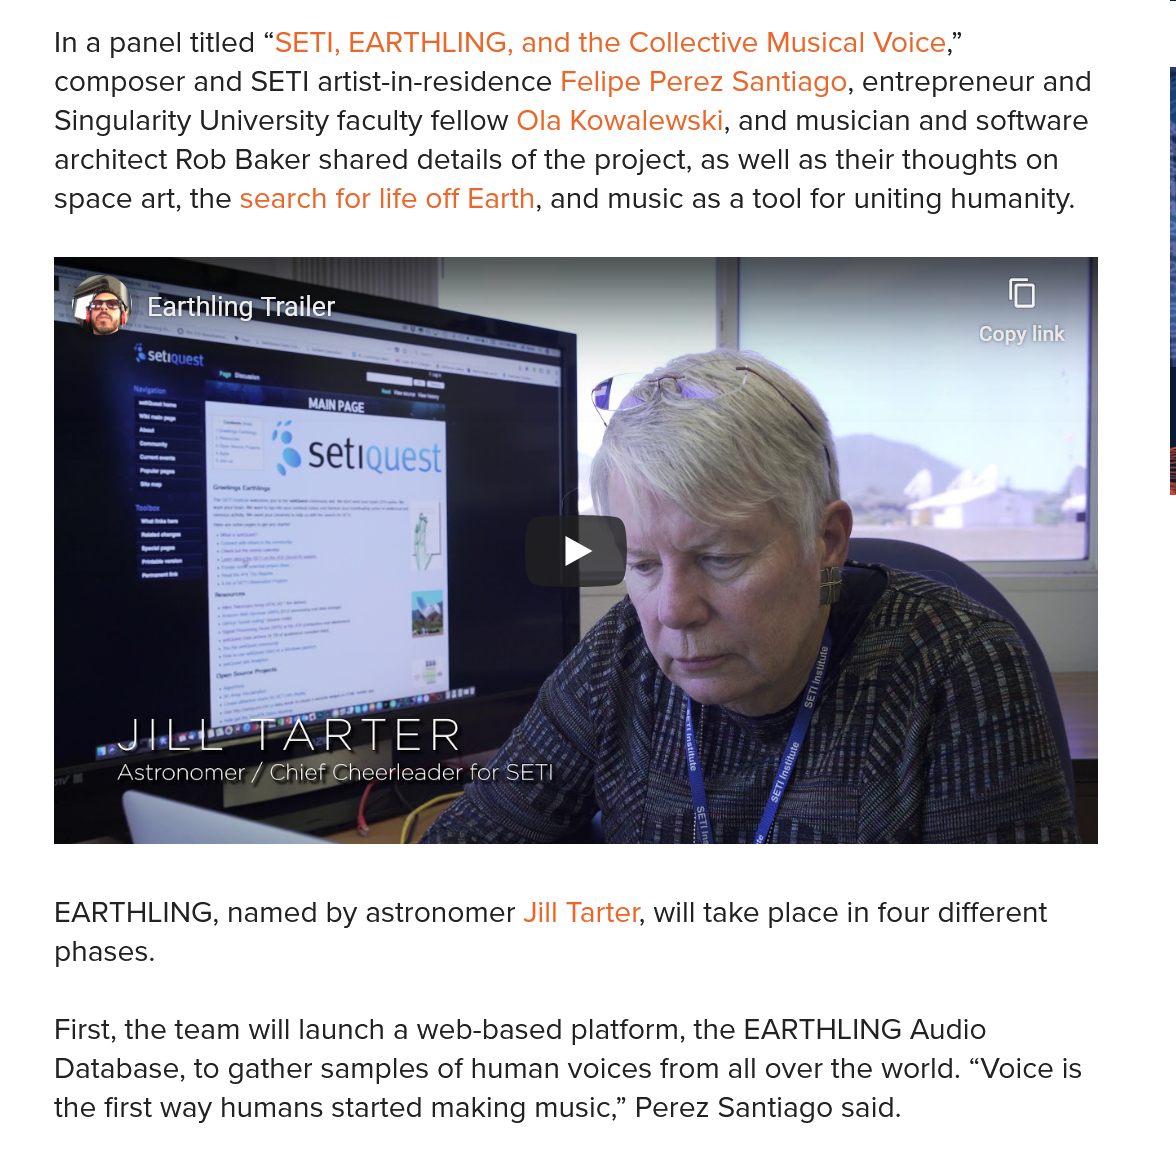
Barthling-Trailer.
     (ee) iin
     Astronomer/, (elim en --ul-lellgieia= ail
     Pine
     ey
     at
    EARTHLING,  named by astronomer Jil! Tarter, will take place in four different
    phases.
    First, the team will launch a web-based platform, the EARTHLING Audio
    Database, to gather samples of human voices from all over the world. “Voice is
    the first way humans started making music,” Perez Santiago said.
    In a panel titled “SETI, EARTHLING, and the Collective Musical Voice,”
    composer and  SETI artist-in-residence Felipe Perez Santiago, entrepreneur and
    Singularity University faculty fellow Ola Kowalewski, and musician and software
    architect Rob Baker shared details of the project, as well as their thoughts on
    space art, the search for life off Earth, and music as a tool for uniting humanity.